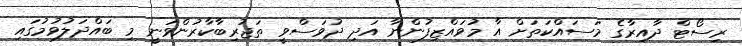
ރިސޯޓް ދާއިރާގެ މަސައްކަތަށް އާ މުވައްޒިފުންނާ އަދި ދުވަސްވީ ތަޖުރިބާކާރުންވަނީ މި ބައްދަލުވުމުގައި